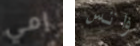
إمي واتس